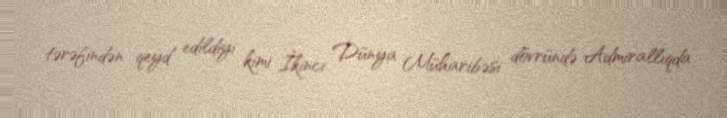
tərəfindən qeyd edildiyi kimi İkinci Dünya Müharibəsi dövründə Admirallıqda